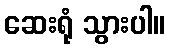
ဆေးရုံ သွားပါ။